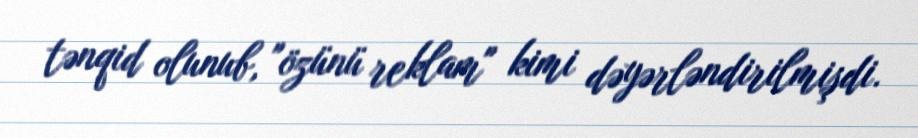
tənqid olunub, "özünü reklam" kimi dəyərləndirilmişdi.